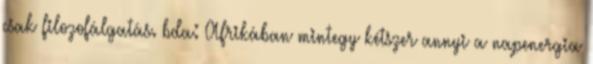
csak filozofálgatás. bda: Afrikában mintegy kétszer annyi a napenergia